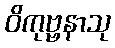
ဝိကုဗ္ဗနာသု